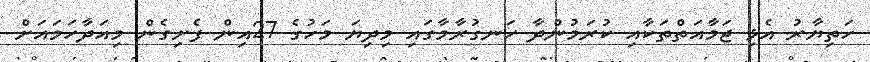
ހަތިޔާރު އެޅި ޖަމާއަތްތަކާއި ކުރަމުންދާ ހަނގުރާމާގައި މިދިޔަ މަހުގެ 27އިން ފެށިގެން މިއަދާހަމައަށް